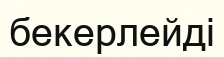
бекерлейді